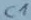
Text: C1